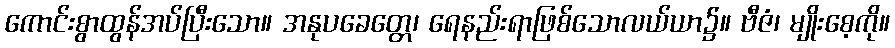
ကောင်းစွာထွန်အပ်ပြီးသော။ အနုပခေတ္တေ၊ ရေနည်းရာဖြစ်သောလယ်ယာ၌။ ဗီဇံ၊ မျိုးစေ့ကို။